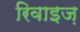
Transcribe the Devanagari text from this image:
रिवाइज़